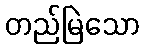
တည်မြဲသော